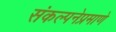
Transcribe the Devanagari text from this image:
संकल्पनेप्रमाणे